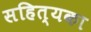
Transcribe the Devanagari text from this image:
सहित्यका